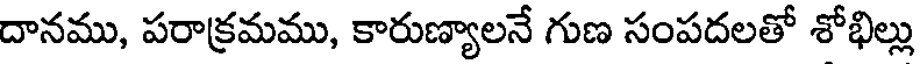
దానము, పరాక్రమము, కారుణ్యాలనే గుణ సంపదలతో శోభిల్లు